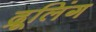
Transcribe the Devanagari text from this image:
द्रूलिंग